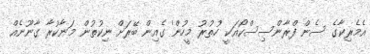
އެމެރިކާގެ ސެން ފްރާންސިސްކޯއަކީ 'ހުތުރު މީހުން' ގެއިން ބޭރަށް ނިކުތުން މަނާކުރާ ގާނޫނެއް